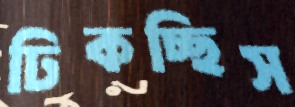
ঢিকচ্ছিস